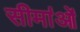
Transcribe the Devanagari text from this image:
सीमा॑ओं